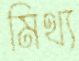
মিথ্য